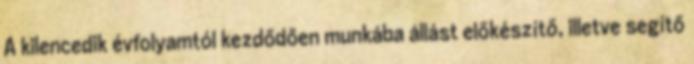
A kilencedik évfolyamtól kezdődően munkába állást előkészítő, illetve segítő